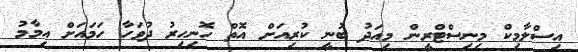
އިސްލާމިކް މިނިސްޓްރީން މިއަދު ބުނީ ކުރިއަށް އޮތް ހޮނިހިރު ދުވަހާ ހަމައަށް އިމާމު